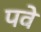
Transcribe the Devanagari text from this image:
पवे